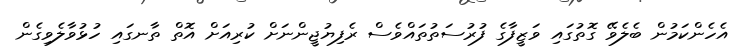
އެހެންކަމުން ބެލެވޭ ގޮތުގައި ވަޒީފާގެ ފުރުސަތުތައްވެސް ރެފިޔުޖީންނަށް ކުރިއަށް އޮތް ތާނގައި ހުޅުވާލެވިގެން